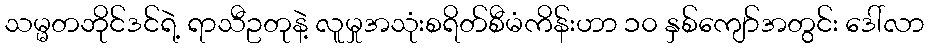
သမ္မတဘိုင်ဒင်ရဲ့ ရာသီဥတုနဲ့ လူမှုအသုံးစရိတ်စီမံကိန်းဟာ ၁၀ နှစ်ကျော်အတွင်း ဒေါ်လာ